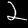
Digit: 2